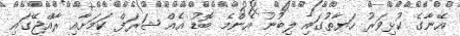
އޭނާގެ ކުޅިވަރު ހަޔާތުގައި ލިބުނު އެންމެ ބޮޑު އެއް ޝަރަފް ކަމަށާއި ރާއްޖޭގައި